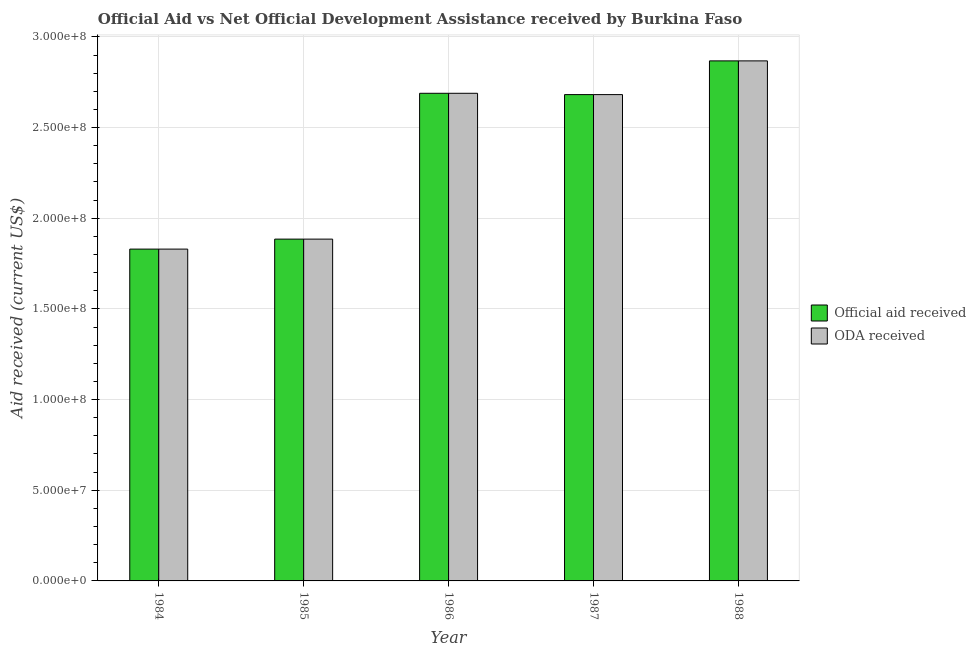
| Year | Official aid received | ODA received |
 | --- | --- | --- |
 | 1984 | 1.83e+08 | 1.83e+08 |
 | 1985 | 1.88e+08 | 1.88e+08 |
 | 1986 | 2.69e+08 | 2.69e+08 |
 | 1987 | 2.68e+08 | 2.68e+08 |
 | 1988 | 2.87e+08 | 2.87e+08 |